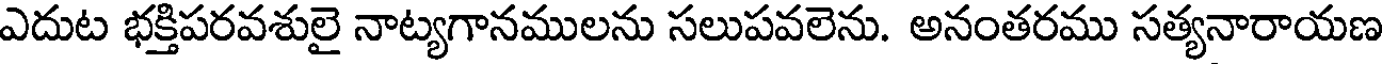
ఎదుట భక్తిపరవశులై నాట్యగానములను సలుపవలెను. అనంతరము సత్యనారాయణ